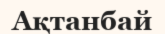
Ақтанбай